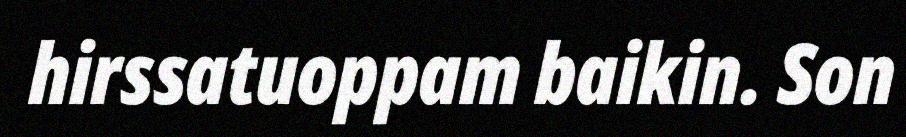
hirssatuoppam baikin. Son